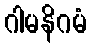
ဂါမနိဂမံ